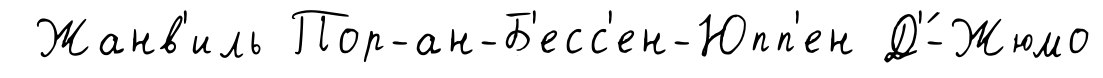
Жанв'иль Пор-ан-Б'есс'ен-Юпп'ен Д'́-Жюмо